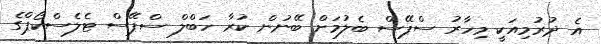
އެ ދުރުމިއަކީ މިހާރު ސްޕޭސް ބެލުމަށް ބޭނުން ކުރާ ހަބްލް ސްޕޭސް ޓެލެސްކޯޕްގެ